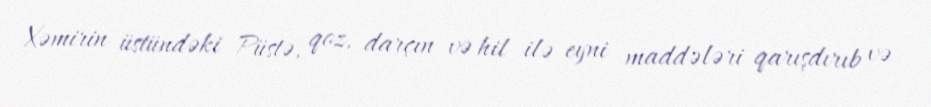
Xəmirin üstündəki Püstə, qoz, darçın və hil ilə eyni maddələri qarışdırıb və